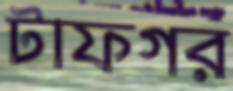
টাফগর